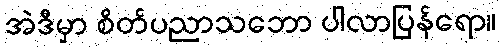
အဲဒီမှာ စိတ်ပညာသဘော ပါလာပြန်ရော။